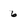
Character: 6